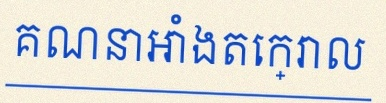
គណនាអាំងតេក្រាល